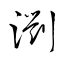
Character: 瀏